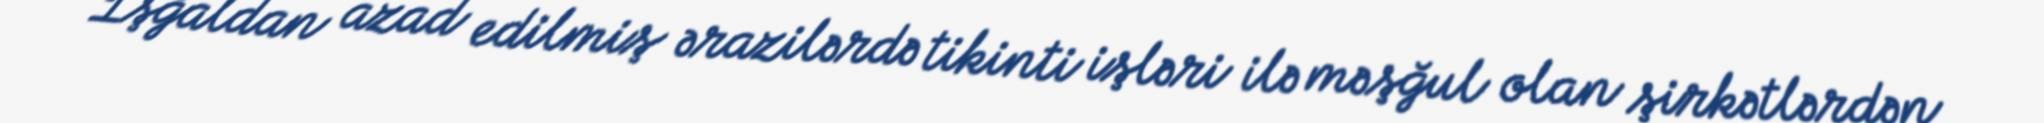
İşğaldan azad edilmiş ərazilərdə tikinti işləri ilə məşğul olan şirkətlərdən